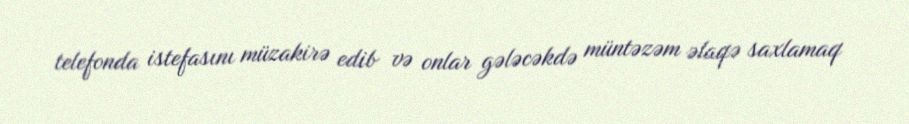
telefonda istefasını müzakirə edib və onlar gələcəkdə müntəzəm əlaqə saxlamaq